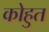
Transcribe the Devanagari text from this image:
कोहुत